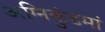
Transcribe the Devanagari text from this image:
अग्निकुंडमां